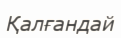
Қалғандай